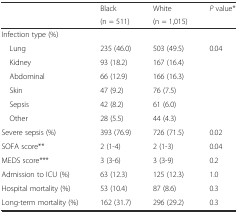
<table><thead><tr><td rowspan="2"></td><td><b>Black</b></td><td><b>White</b></td><td rowspan="2"><b><i>P</i> value*</b></td></tr><tr><td><b>(n = 511)</b></td><td><b>(n = 1,015)</b></td></tr></thead><tbody><tr><td>Infection type (%)</td><td></td><td></td><td></td></tr><tr><td> Lung</td><td>235 (46.0)</td><td>503 (49.5)</td><td>0.04</td></tr><tr><td> Kidney</td><td>93 (18.2)</td><td>167 (16.4)</td><td></td></tr><tr><td> Abdominal</td><td>66 (12.9)</td><td>166 (16.3)</td><td></td></tr><tr><td> Skin</td><td>47 (9.2)</td><td>76 (7.5)</td><td></td></tr><tr><td> Sepsis</td><td>42 (8.2)</td><td>61 (6.0)</td><td></td></tr><tr><td> Other</td><td>28 (5.5)</td><td>44 (4.3)</td><td></td></tr><tr><td>Severe sepsis (%)</td><td>393 (76.9)</td><td>726 (71.5)</td><td>0.02</td></tr><tr><td>SOFA score**</td><td>2 (1-4)</td><td>2 (1-3)</td><td>0.04</td></tr><tr><td>MEDS score***</td><td>3 (3-6)</td><td>3 (3-9)</td><td>0.2</td></tr><tr><td>Admission to ICU (%)</td><td>63 (12.3)</td><td>125 (12.3)</td><td>1.0</td></tr><tr><td>Hospital mortality (%)</td><td>53 (10.4)</td><td>87 (8.6)</td><td>0.3</td></tr><tr><td>Long-term mortality (%)</td><td>162 (31.7)</td><td>296 (29.2)</td><td>0.3</td></tr></tbody></table>